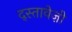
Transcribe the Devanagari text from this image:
द्स्तावेज़ी